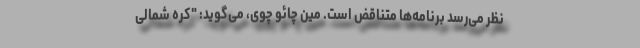
نظر می‌رسد برنامه‌ها متناقض است. مین چائو چوی، می‌گوید: "کره شمالی